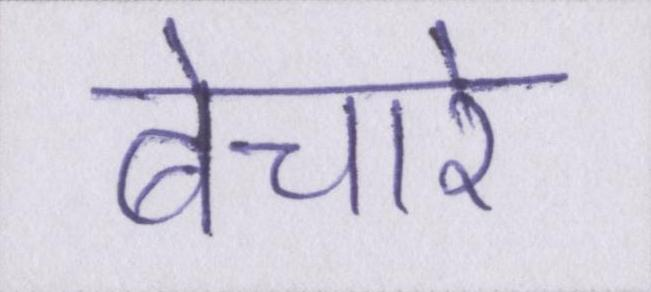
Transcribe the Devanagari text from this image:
बेचारे